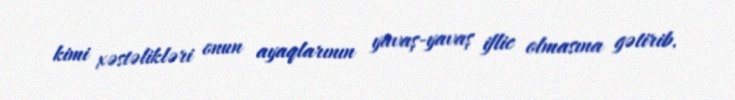
kimi xəstəlikləri onun ayaqlarının yavaş-yavaş iflic olmasına gətirib.